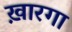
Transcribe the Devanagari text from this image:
ख़ारगा